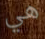
هي